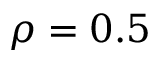
\rho = 0 . 5